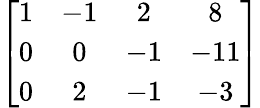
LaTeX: \left[{\begin{array}{cccc}{1}&{-1}&{2}&{8}\\ {0}&{0}&{-1}&{-11}\\ {0}&{2}&{-1}&{-3}\end{array}}\right]